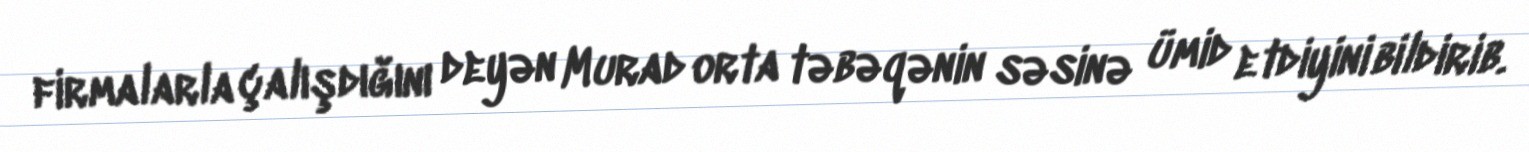
firmalarla çalışdığını deyən Murad orta təbəqənin səsinə ümid etdiyini bildirib.